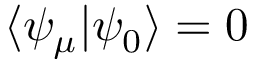
\langle \psi _ { \mu } | \psi _ { 0 } \rangle = 0